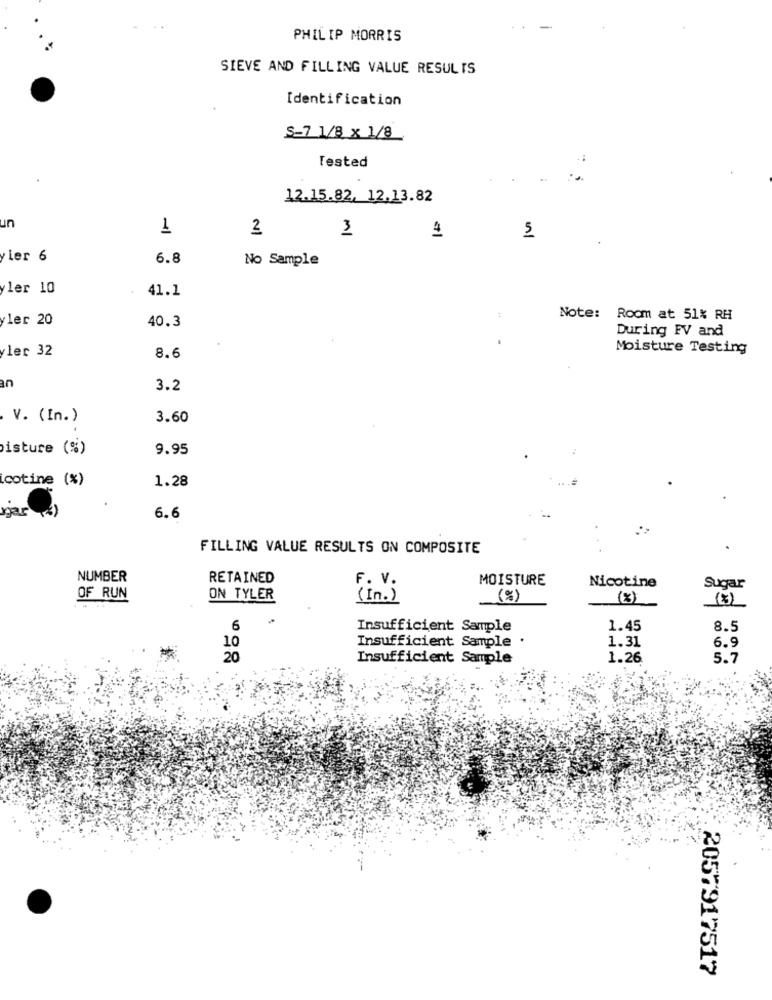
PHILIP MORRIS
SIEVE AND FILLING VALUE RESULTS
Identification
S-7 1/8 x 1/8
Tested
12.15.82, 12.13.82
un
1
2
3
5
ler 6
6.8
No Sample
ler 10
41.1
ler 20
40.3
Note: Room at 51% RH
During FV and
ler 32
Moisture Testing
8.6
an
3.2
V. (In.)
3.60
isture (%)
9.95
cotine (%)
1.28
gar
6.6
FILLING VALUE RESULTS ON COMPOSITE
NUMBER
RETAINED
MOISTURE
F. V.
Nicotine
Sugar
OF RUN
ON TYLER
( In . )
(%)
(8)
(3)
6
Insufficient Sample
1.45
8.5
Insufficient Sample .
1.31
6.9
10
20
Insufficient Sample
1.26
5.7
2057917517